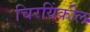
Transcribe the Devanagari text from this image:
चिरयिंकील